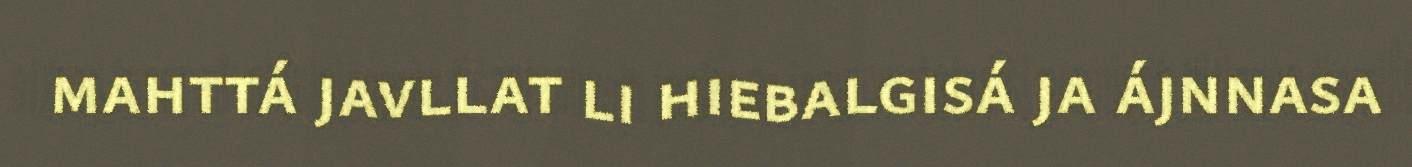
mahttá javllat li hiebalgisá ja ájnnasa